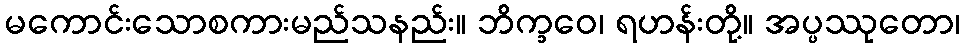
မကောင်းသောစကားမည်သနည်း။ ဘိက္ခဝေ၊ ရဟန်းတို့။ အပ္ပဿုတော၊